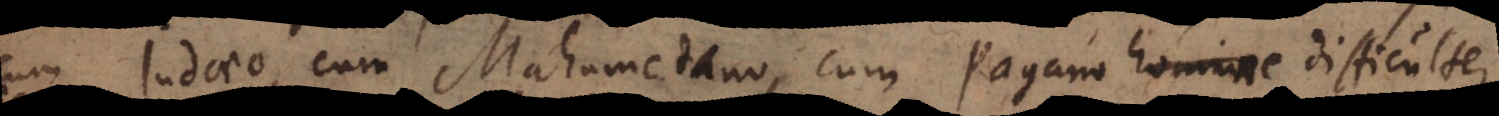
cum Judaeo, cum Mahumetano, cum Pagano homine difficulter